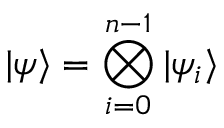
| \psi \rangle = \bigotimes _ { i = 0 } ^ { n - 1 } | \psi _ { i } \rangle